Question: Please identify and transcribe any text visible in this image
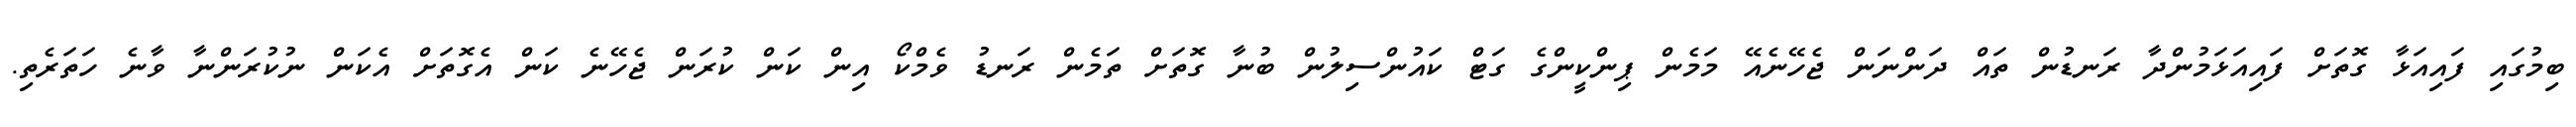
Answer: ބިމުގައި ފައިއަޅާ ގޮތަށް ފައިއަޅަމުންދާ ރަނޑުން ތައް ދަންނަން ޖެހޭނެއޭ މަމެން ޕިންކީންގެ ގަޓް ކައުންސިލުން ބުނާ ގޮތަށް ތަމެން ރަނޑު ވެމްކޯ އިން ކަން ކުރަން ޖެހޭނެ ކަން އެގޮތަށް އެކަން ނުކުރަންނާ ވާނެ ހަތަރެތި.